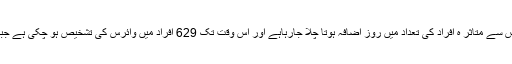
یہاں یہ امر قابل ذکر ہے کہ ملک بھر میں کورونا وائرس سے متاثر ہ افراد کی تعداد میں روز اضافہ ہوتا چلا جارہاہے اور اس وقت تک 629 افراد میں وائرس کی تشخیص ہو چکی ہے جبکہ پنجاب میں 137 افراد کورونا سے متاثر ہوئے ہیں ۔